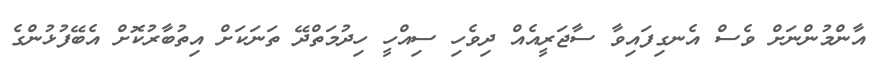
އާންމުންނަށް ވެސް އެނގިފައިވާ ސާޖަރީއެއް ދިވެހި ސިއްހީ ހިދުމަތްދޭ ތަނަކަށް އިތުބާރުކޮށް އެބޭފުޅުންގެ